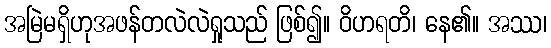
အမြဲမရှိဟုအဖန်တလဲလဲရှုသည် ဖြစ်၍။ ဝိဟရတိ၊ နေ၏။ အဿ၊